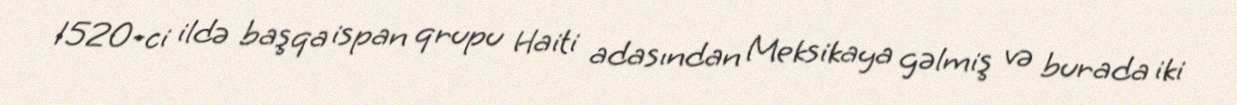
1520-ci ildə başqa ispan qrupu Haiti adasından Meksikaya gəlmiş və burada iki